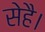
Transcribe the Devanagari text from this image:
सेहै।